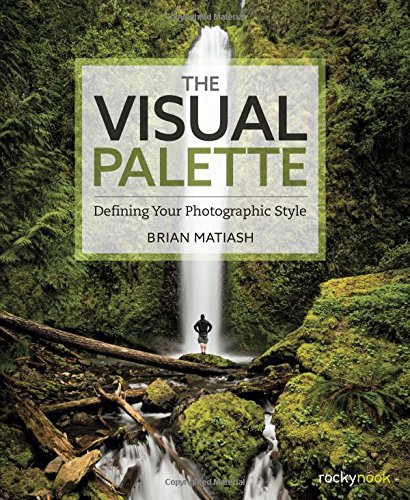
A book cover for The Visual Palette: Defining Your Photographic Style; Brian Matiash; Arts & Photography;